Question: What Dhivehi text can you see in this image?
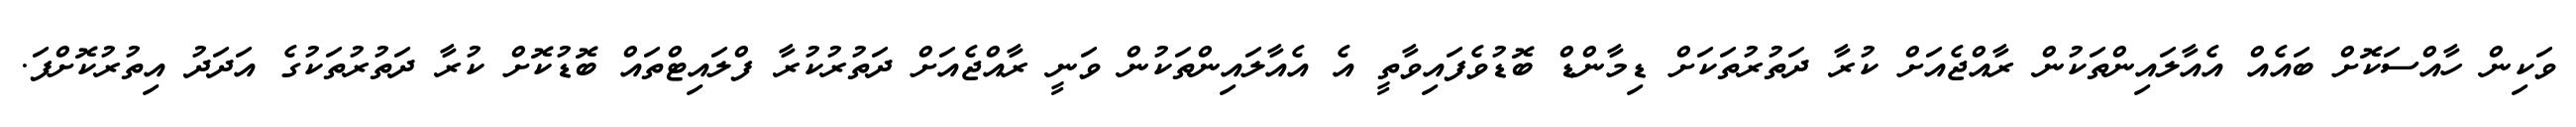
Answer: ވަކިން ހާއްސަކޮށް ބައެއް އެއާލައިންތަކުން ރާއްޖެއަށް ކުރާ ދަތުރުތަކަށް ޑިމާންޑް ބޮޑުވެފައިވާތީ އެ އެއާލައިންތަކުން ވަނީ ރާއްޖެއަށް ދަތުރުކުރާ ފްލައިޓްތައް ބޮޑުކޮށް ކުރާ ދަތުރުތަކުގެ އަދަދު އިތުރުކޮށްފަ.